Calcutta medical institutions reports 1871-78
Year: 1871
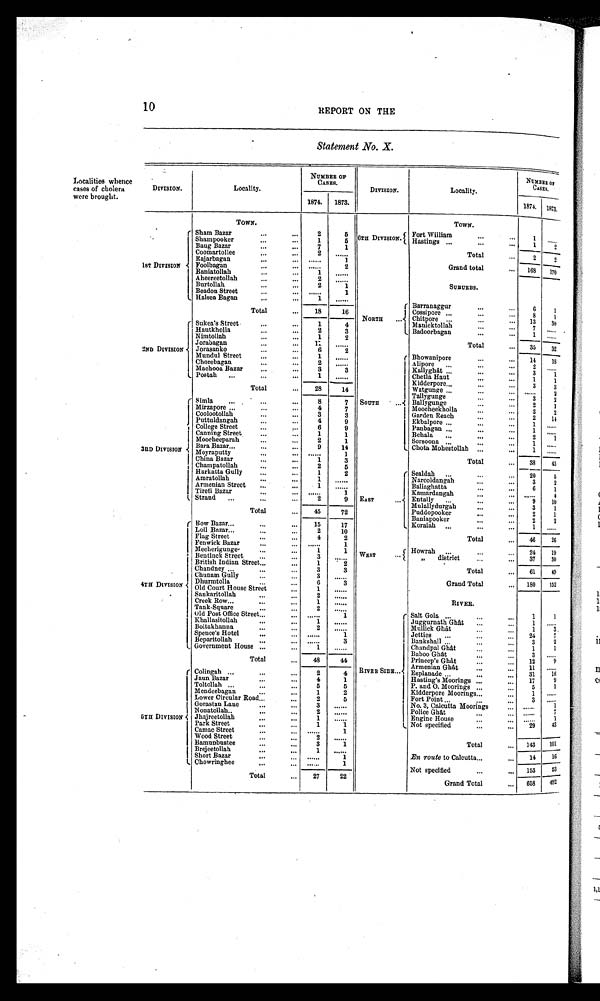
10 REPORT ON THE
Statement No. x.
Local i t i es whence cases of chol era were brought .
DIVISION.
Locality.
NUMBER OF
BASES .
DIVISION.
Locality.
NUMBER
CASES.
OP
1874.
1873.
1874.
1873.
TOWN.
TOWN.
1 S TD I V I S I O N
Sham Bazar
2
5
6TH DIVISION.
Fort William
1
. . . . . .
Shampooker
1
5
Hastings.
1
2
Bang Bazar
7
1
Total
2
2
Coomartollee
2
. . . . . .
Rajarbagan
......
1
Foolbagan
......
2
Grand total
168
1 7 0
Baniatollah
1
......
Aheereetollah
2
....
Burtollah
2
1
SUBURBS.
Beadon Street
......
1
Halsea Bagan
1
......
Total
18
16
NORTH
Barranaggur
6
1
Cossipore
8
1
Chitpore
13
3 0
2ND DIVISION
Sukea's Street
1
4
Manicktollah
7
. . . . . .
Hautkholla
2
3
Badoorbagan
1
.....
Nimtollah
1
2
Total
35
...
32
Jorabagan
11
......
Jorasanko
6
2
Mundul Street
1
......
SOUTH
Bhowanipore
14
18
Chorebagan
2
......
A lipore
2
Machooa Bazar
3
3
Kallyghat
3
1
Postah
1
......
Chetla Haut
1
1
Total
28
14
Kidderpore
3
3
Watgunge
......
2
Tallygunge
3
2
3RD DIVISION
Simla
8
7
Ballygunge
2
1
Mirzapore
4
7
Moocheekholla
2
2
Coolootollah
3
3
Garden
den Reach
12
14
Puttuldangah
4
9
Ekbalpore
1
. . . . . .
College Street
6
9
Panbagan
1
. . . . . .
Canning Street
1
1
Behala
2
1 1
Mooeheeparah
2
1
Sorsoona
1
. . . . . .
Bara Bazar
9
14
Chota Mohestollah
1
. . . . . . . . . . . . .
Moyraputty
......
1
Total
.....
38
45
China .Bazar
1
3
Champatollah
2
5
Harkatta Gully
1
2
EAST
Sealdah
20
5
Amratollah
1
......
Narcoldangah
3
2
Armenian Street
1
......
Baliaghatta
6
1
Tirefi Bazar
......
1
Kamardangah
......
4
Strand
2
9
Entally
9
10
Total
45
72
Mulallydurgah
3
1
Puddopooker
2
l
Baniapooker
2
1
2 . . . . . .
4 T HD I V I S I O N
Bow Bazar
15
17
Koraiah
Loll Bazar
2
10
Total
46
26
Flag Street
4
2
Fenwick Bazar
.......
1
Mecherigunge
1
1
WE ST
Howrah
24
37
19
30
Bentinck Street
3
. . . . . .
district
British Indian Street
1
2
Total
61
49
Chandney
3
3
Chunam Gully
3
......
Dhurmtolla
6
3
Grand Total
1 8 0 1 5 2
Old Court House Street
1
......
Sankaritollah
2
......
Creek Row
1
......
RIVER.
Tank-Square
2
......
old Post Office Street
......
1
RIVER SIDE
Salt Gola
1
1
Khallasitollah
1
.....
Juggurnath Ghat
1 ......
Boitakhanna
2
......
Mullick Ghat
1
3
Spence's Hotel
......
1
Jetties
24
7
Beparitollah
..........
3
Bankshall
3
2
Government House
1
......
Chandpal Ghat
1
1
Baboo Ghat
3
......
Total
48
44
Prineep's Ghat
12
9
Armenian Ghat
11
......
5 T H D I V I S I O N
Colingah
2
4
Esplanade
31
16
Jaun Bazar
4
1
Hastings Moorings
17
9
Toltollah
5
5
P. and O . Moorings
5
1
Mendeebagan
1
2
Kidderpore Moorings
1
......
Lower Circular Road
2
5
Fort Point
3
......
Gorastan Lane
3
......
No. 3, Calcutta Moorings
......
1
Nonatollah
2
......
Police Ghat
......
7
Jhajreetollah
1
.....
Engine House
......
1
Park Street
1
1
Not specified
29
43
Camac Street
......
1
Wood Street
2
......
Total
1 4 3 101
Bamunbustee
3
1
Brejeetollah
1
......
Short Bazar
. . . . . .
1
En route to Calcutta
14
16
Chowringhee
......
1
Total
27
22
Not specified
153
5 3
Grand Total
658
492